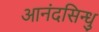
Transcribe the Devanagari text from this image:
आनंदसिन्धु